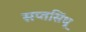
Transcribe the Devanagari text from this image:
सप्तसिंधू